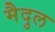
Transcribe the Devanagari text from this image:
मैदुल